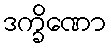
ဒက္ခိဏော